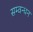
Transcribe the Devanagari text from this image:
सम्वन्धन